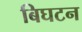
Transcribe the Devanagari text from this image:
बिघटन